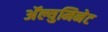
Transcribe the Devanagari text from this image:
अॅल्युमिनेट